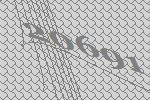
20691